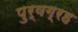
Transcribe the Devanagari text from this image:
पुर्वग्रह